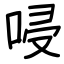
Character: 唚